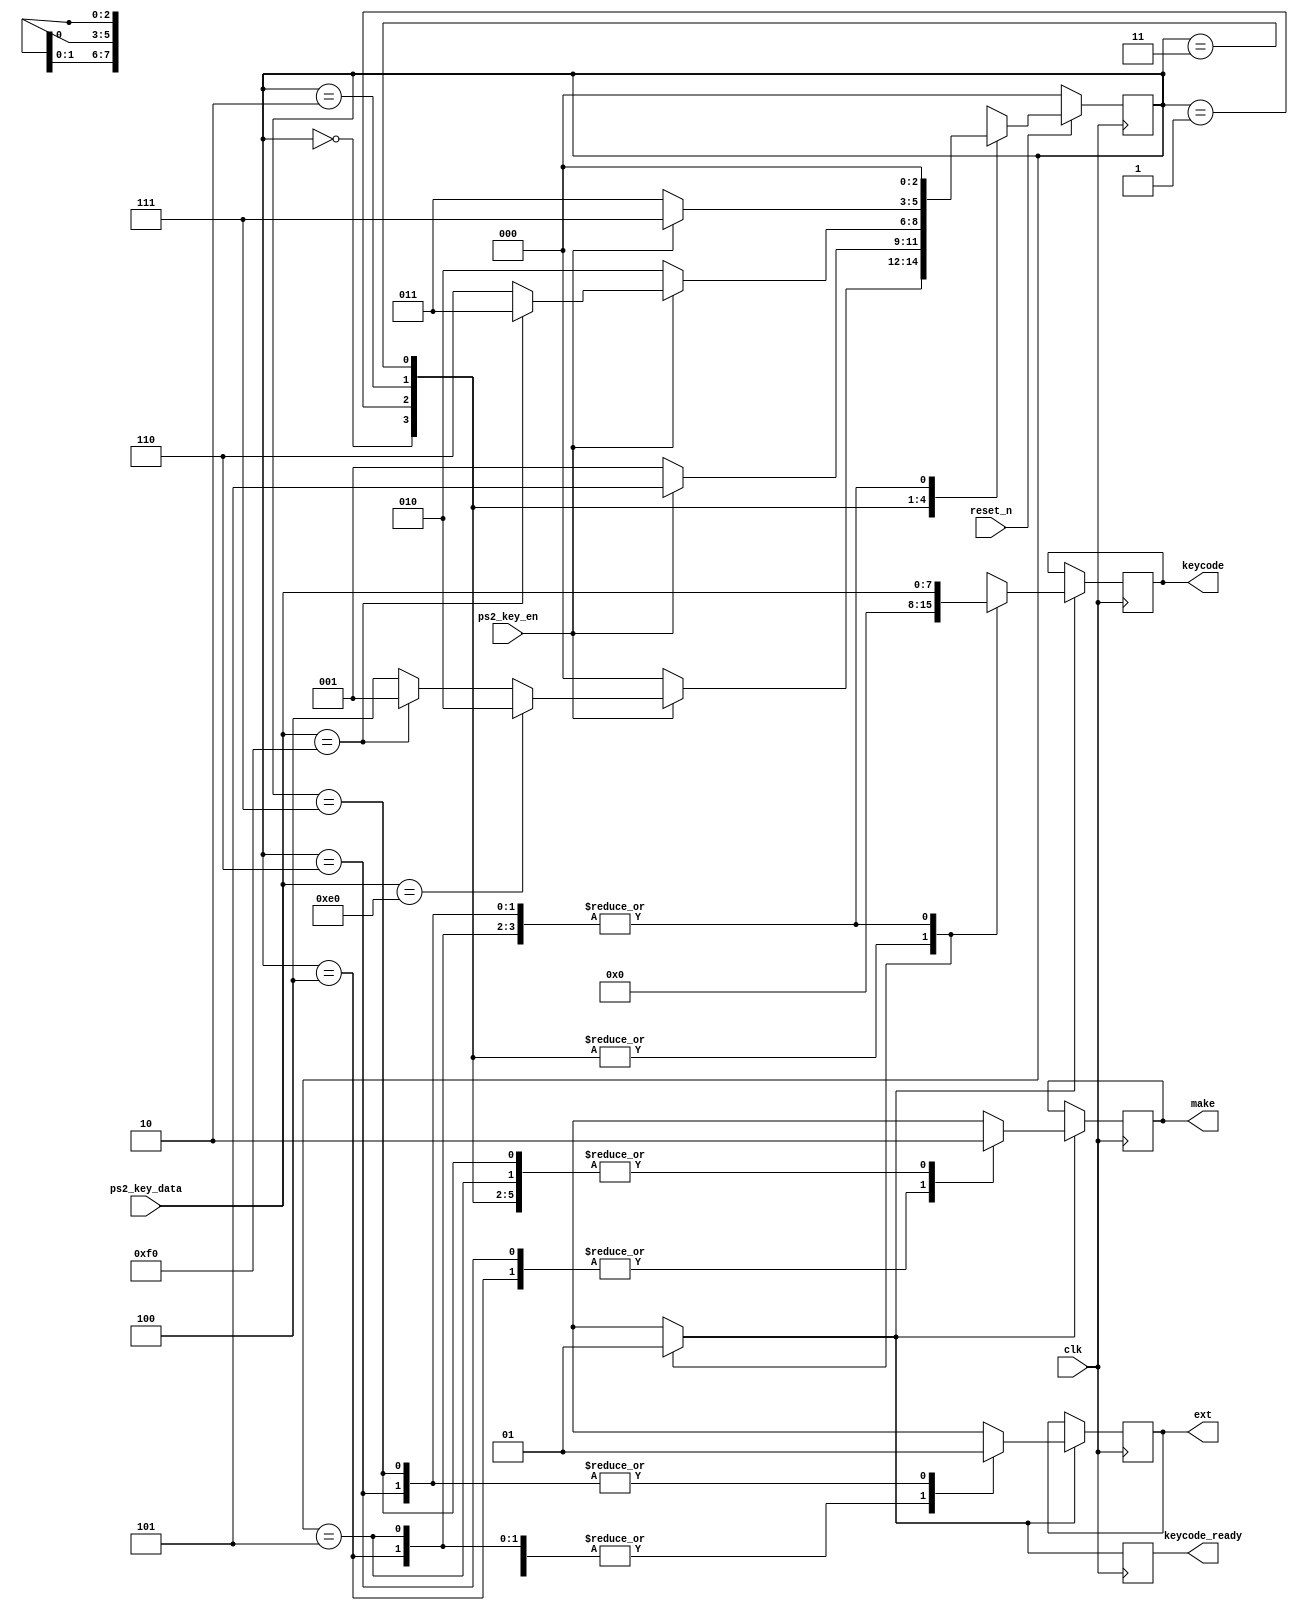
module keycode_recognizer (
	input					clk,
	input					reset_n,
	input					ps2_key_en,
	input			[7:0]	ps2_key_data,
	output reg	[7:0]	keycode,
	output reg			ext,
	output reg			make,
	output reg			keycode_ready
	);
	
	reg [7:0]	keycode_d;
	reg			ext_d;
	reg			make_d;
	reg			keycode_ready_d;
	
	always @(posedge clk) begin
		keycode_ready	<= keycode_ready_d;
		if (keycode_ready_d) begin
			keycode 			<= keycode_d;
			ext 				<= ext_d;
			make 				<= make_d;
		end
	end
	
	parameter S_START		= 3'd0;
	parameter S_F0			= 3'd1;
	parameter S_E0			= 3'd2;
	parameter S_E0F0		= 3'd3;
	parameter S_XX			= 3'd4;
	parameter S_F0XX		= 3'd5;
	parameter S_E0XX		= 3'd6;
	parameter S_E0F0XX	= 3'd7;
	
	reg [2:0] state, next_state;
	
	always @(posedge clk)
		if (!reset_n)
			state <= S_START;
		else
			state <= next_state;
	
	always @(*) begin
		keycode_d 			= 0;  
		ext_d 				= 0;  
		make_d 				= 0;  
		keycode_ready_d	= 0;
		case (state)
			S_START:	begin
				if (!ps2_key_en)
					next_state = S_START;
				else begin
					if (ps2_key_data == 8'hE0)
						next_state = S_E0;
					else if (ps2_key_data == 8'hF0)
						next_state = S_F0;
					else
						next_state = S_XX;
				end
			end
			
			S_F0:	begin
				if (!ps2_key_en)
					next_state = S_F0;
				else begin
					next_state = S_F0XX;
				end
			end
			
			S_E0: begin
				if (!ps2_key_en)
					next_state = S_E0;
				else begin
					if (ps2_key_data == 8'hF0)
						next_state = S_E0F0;
					else
						next_state = S_E0XX;
				end
			end
			
			S_E0F0: begin
				if (!ps2_key_en)
					next_state = S_E0F0;
				else begin
					next_state = S_E0F0XX;
				end
			end
			
			S_XX:	begin
				keycode_d = ps2_key_data;
				make_d 				= 1;
				keycode_ready_d	= 1;
				next_state 			= S_START;
			end
			
			S_F0XX: begin
				keycode_d 			= ps2_key_data;
				keycode_ready_d 	= 1;
				next_state 			= S_START;
			end
			
			S_E0XX: begin
				keycode_d 			= ps2_key_data;
				make_d 				= 1;
				ext_d 				= 1;
				keycode_ready_d 	= 1;
				next_state 			= S_START;
			end
			
			S_E0F0XX: begin
				keycode_d 			= ps2_key_data;
				ext_d 				= 1;
				keycode_ready_d	= 1;
				next_state 			= S_START;
			end
			
			default:  next_state = S_START;
		endcase
	end
	
	
	
endmodule